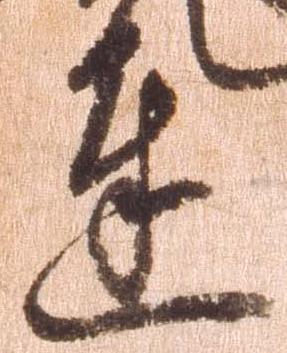
達